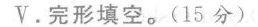
V.完形填空.(15 分)